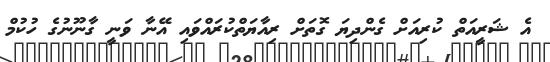
އެ ޝަރީއަތް ކުރިއަށް ގެންދިޔަ ގޮތަށް ރިއާޔަތްކުރައްވައި އޭނާ ވަނީ ގާނޫނުގެ ހުކުމް